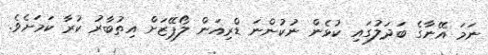
ނަމަ އޭނާގެ ބަދަލުގައި ކުޅެން ނުކުންނަ ޑްރިއަން ލޯޕޭޒަށް އިތުބާރު ކުރާ ކަމަށެވެ.